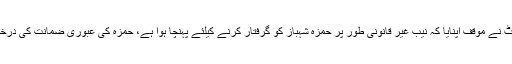
وکیل امجد پرویز ایڈووکیٹ نے موقف اپنایا کہ نیب غیر قانونی طور پر حمزہ شہباز کو گرفتار کرنے کیلئے پہنچا ہوا ہے، حمزہ کی عبوری ضمانت کی درخواست دائر کر رکهی ہے۔